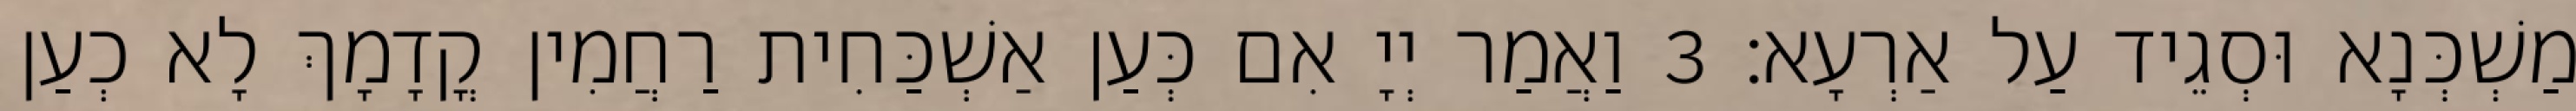
מַשְׁכְּנָא וּסְגֵיד עַל אַרְעָא׃ 3 וַאֲמַר יְיָ אִם כְּעַן אַשְׁכַּחִית רַחֲמִין קֳדָמָךְ לָא כְעַן